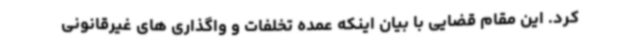
کرد. این مقام قضایی با بیان اینکه عمده تخلفات و واگذاری های غیرقانونی